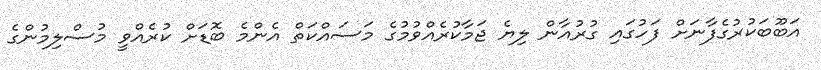
އަބޫބަކުރުގެފާނަށް ފަހުގައި ގުރުއާން ލިޔެ ޖަމާކުރެއްވުމުގެ މަސައްކަތް އެންމެ ބޮޑަށް ކުރެއްވީ މުސްލިމުންގެ